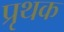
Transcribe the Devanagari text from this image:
प्रृथक